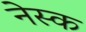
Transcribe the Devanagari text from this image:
नेस्क